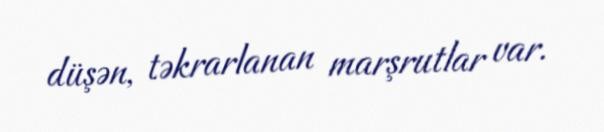
düşən, təkrarlanan marşrutlar var.